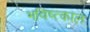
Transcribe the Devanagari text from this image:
भविष्त्काल